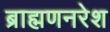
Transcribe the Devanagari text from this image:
ब्राह्मणनरेश